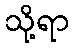
သို့ရာ